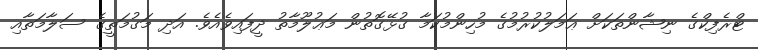
ޓްރެފިކްގެ ނިޝާންތަކަށް ޢަމަލުކުރުމުގެ މުހިންމުކަަމާ ގުޅޭގޮތުން މަޢުލޫމާތު ދީފައިވެއެވެ. އަދި މަގުމަތީގެ ސަލާމަތާއި